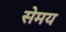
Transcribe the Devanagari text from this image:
सेमय